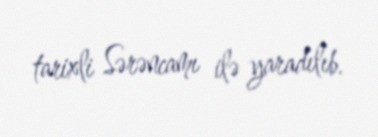
tarixli Sərəncamı ilə yaradılıb.